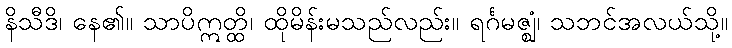
နိသီဒိ၊ နေ၏။ သာပိဣတ္ထိ၊ ထိုမိန်းမသည်လည်း။ ရင်္ဂမဇ္ဈံ၊ သဘင်အလယ်သို့။